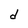
Character: d